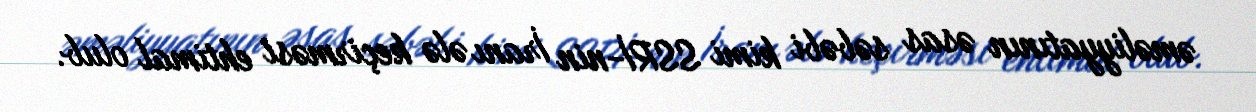
əməliyyatının əsas səbəbi kimi SSRİ-nin İranı ələ keçirməsi ehtimal olub.